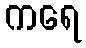
ကရေ